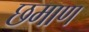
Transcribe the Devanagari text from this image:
छमाण